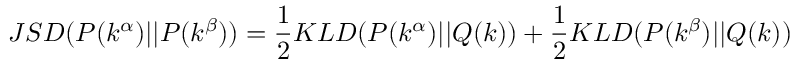
J S D ( P ( k ^ { \alpha } ) | | P ( k ^ { \beta } ) ) = \frac { 1 } { 2 } K L D ( P ( k ^ { \alpha } ) | | Q ( k ) ) + \frac { 1 } { 2 } K L D ( P ( k ^ { \beta } ) | | Q ( k ) )